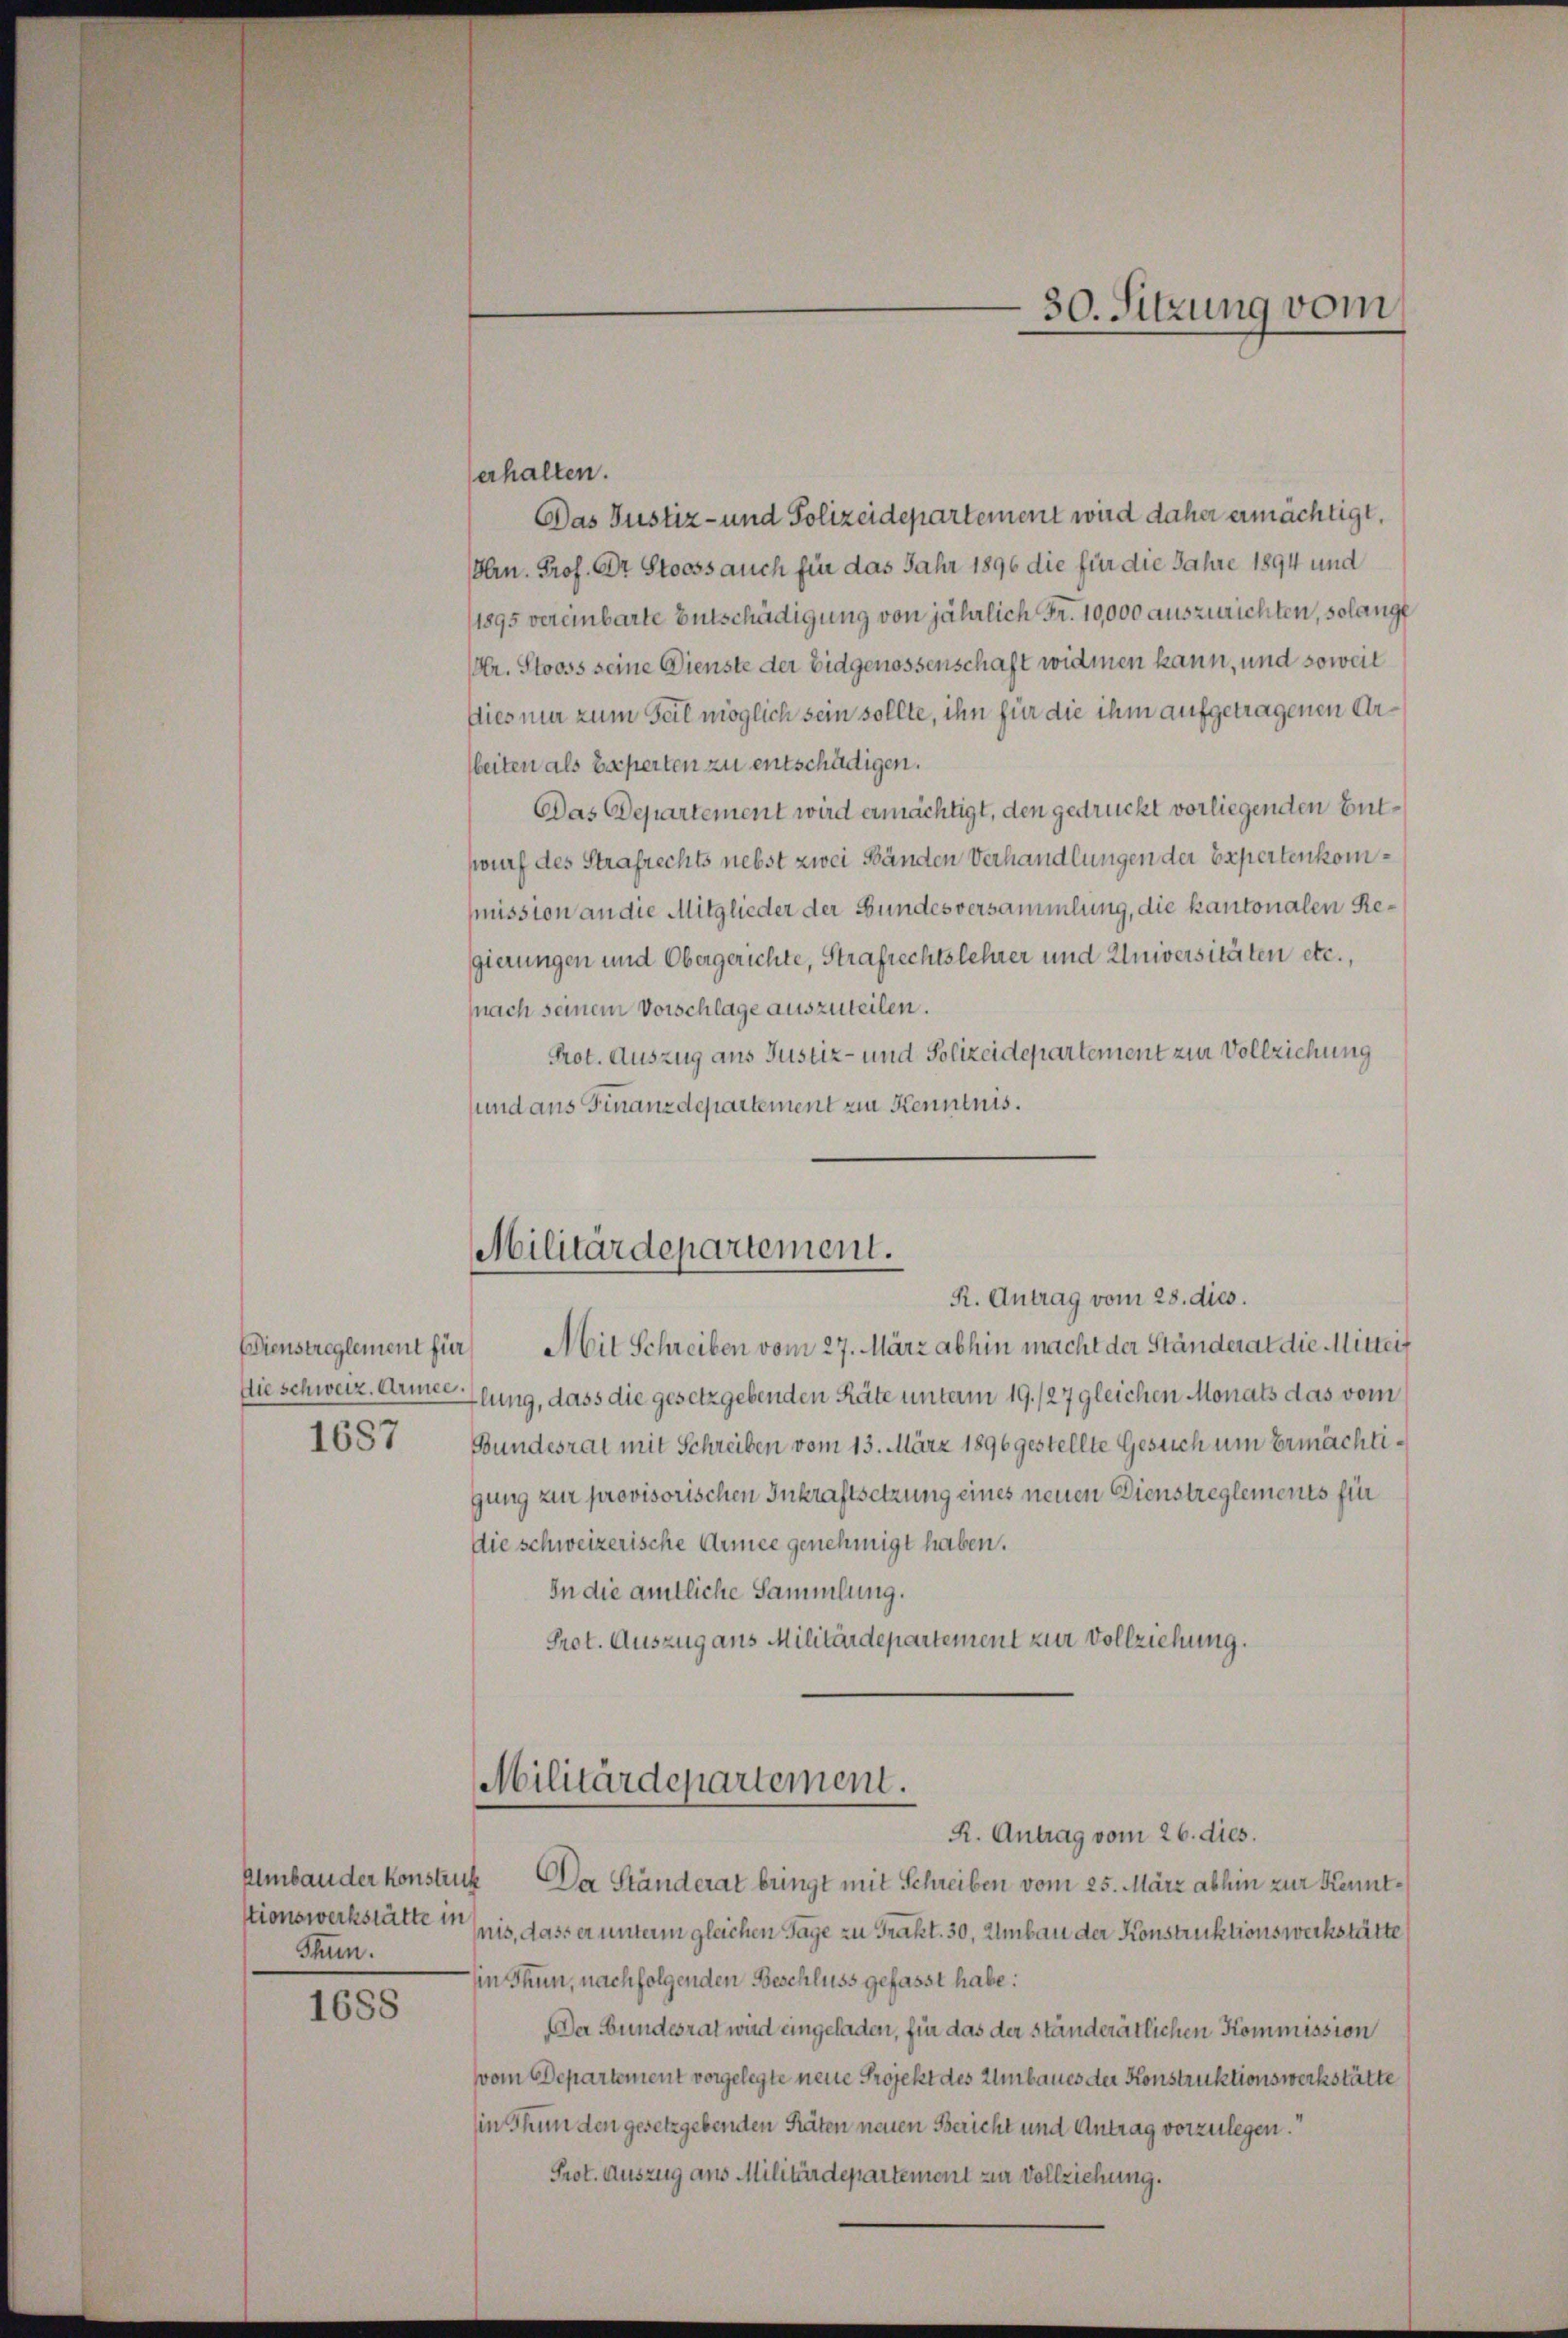
Thun.

erhalten.
Das Justiz- und Polizeidepartement wird daher ermächtigt.
Hrn. Prof. Dr Stooss auch für das Jahr 1896 die für die Jahre 1894 und
1895 vereinbarte Entschädigung von jährlich Fr. 10,000 auszurichten, solange
Hr. Stooss seine Dienste der Eidgenossenschaft widmen kann, und soweit
Dies mir zum Teil möglich sein sollte, ihn für die ihm aufgetragenen Areiten als bieperten zu entschädigen.
Das Departement wird ermächtigt, den gedruckt vorliegenden Entwurf des Strafrechts nebst zwei Bänden Verhandlungen der Expertenkommission an die Mitglieder der Bundesversammlung, die kantonalen Regierungen und Obergerichte, Strafrechtslehrer und Universitäten etc.,
nach seinem Vorschlage auszuteilen.
Prot. Auszug aus Justiz- und Polizeidepartement zur Vollziehung
und aus Finanzdepartement zur Kenntnis.
Militärdepartement.
R. Antrag vom 28. dies.
Dienstreglement für Mit Schreiben vom 27. März abhin macht der Ständerat die Mitteif
Die schweiz. Armenung, dass die gesetzgebenden Räte unterm 19./27 gleichen Monats das vom
1687
Bundesrat mit Schreiben vom 13. März 1896 gestellte Gesuch um Ermächtigung zur provisorischen Inkraftsetzung eines neuen Dienstreglements für
die schweizerische Annee genehmigt haben.
In die amtliche Sammlung.
Prot. Auszug aus Militärdepartement zur Vollziehung.

Almbauder konstruck Da Ständerat bringt mit Schreiben vom 25. März abhin zur Kenntstionswerkstätte mis, dass er unterm gleichen Tage zu Trakt. 30, Umbau der Konstruktionswerkstätte
in Thun, nachfolgenden Beschluss gefasst habe:
1688
Der Bundesrat wird eingeladen, für das der ständerätlichen Kommission
vom Departement vorgelegte neue Projekt des Umbaues der Konstruktionswerkstätte
in Thun den gesetzgebenden Räten neuen Bericht und Antrag vorzulegen.“
Prot. Auszug aus Militärdepartement zur Vollziehung.

Militärdepartement.
R. Antrag vom 26. dies.

30. Sitzung vom